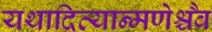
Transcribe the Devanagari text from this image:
यथादित्यान्मणेश्चैव